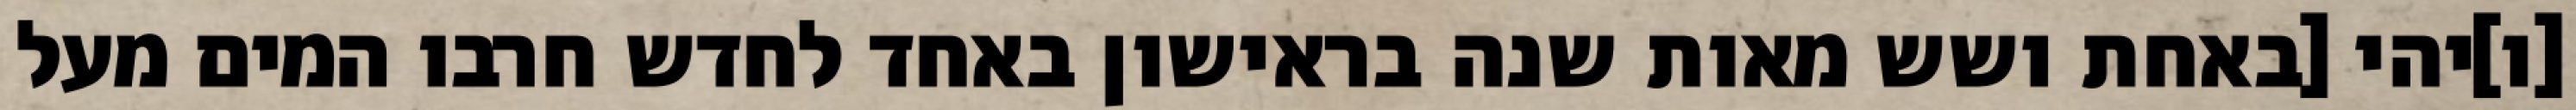
[ו]יהי [באחת ושש מאות שנה בראישון באחד לחדש חרבו המים מעל